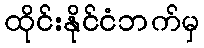
ထိုင်းနိုင်ငံဘက်မှ